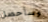
وسأحصل